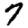
Digit: 7